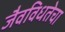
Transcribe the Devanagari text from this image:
जैवविधतेचा